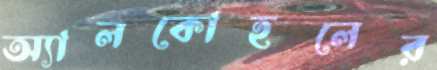
অ্যালকোহলের